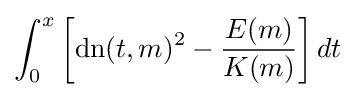
\int _{0}^{x}\left[\operatorname {dn} (t,m)^{2}-{\frac {E(m)}{K(m)}}\right]dt